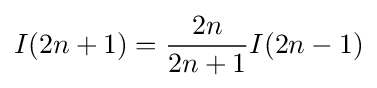
I(2n+1)={\frac {2n}{2n+1}}I(2n-1)